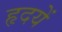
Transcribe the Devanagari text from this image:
हृदयें